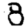
Digit: 8